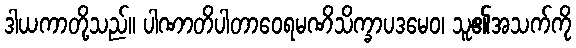
ဒါယကာတို့သည်။ ပါဏာတိပါတာဝေရမဏိသိက္ခာပဒမေဝ၊ သူ၏အသက်ကို